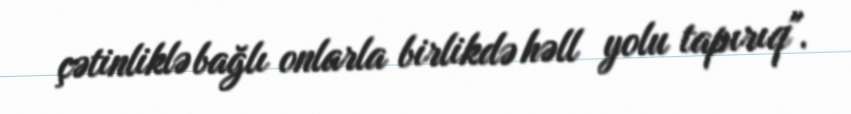
çətinliklə bağlı onlarla birlikdə həll yolu tapırıq".